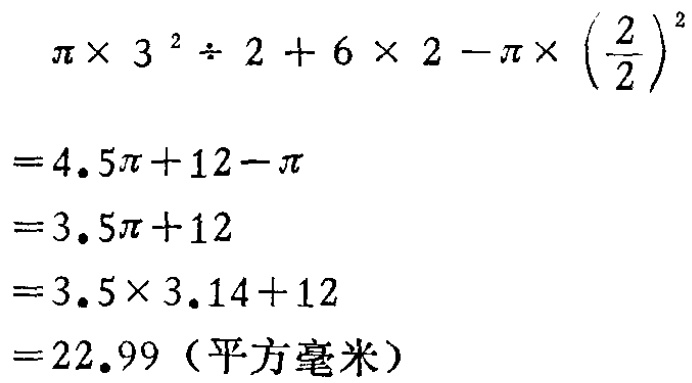
\[

\begin{align*}

&\pi\times3^{2}\div2 + 6\times2-\pi\times\left(\frac{2}{2}\right)^{2}\\

=&4.5\pi + 12-\pi\\

=&3.5\pi + 12\\

=&3.5\times3.14+12\\

=&22.99 (\text{平方毫米})

\end{align*}

\]